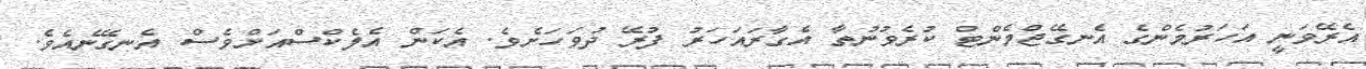
އެރޭވަނީ އަހަރުމެންގެ އެނގޭޖްމެންޓް ކުރެވުނުތާ އެގާރައަހަރު ފުރޭ ދުވަހަށެވެ. އެކަން އެލެކްސްއަށްވެސް އެނގޭނެއެވެ.